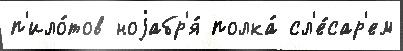
п'ило́тов ноjабр'я́ полка́ сл'е́сар'ем